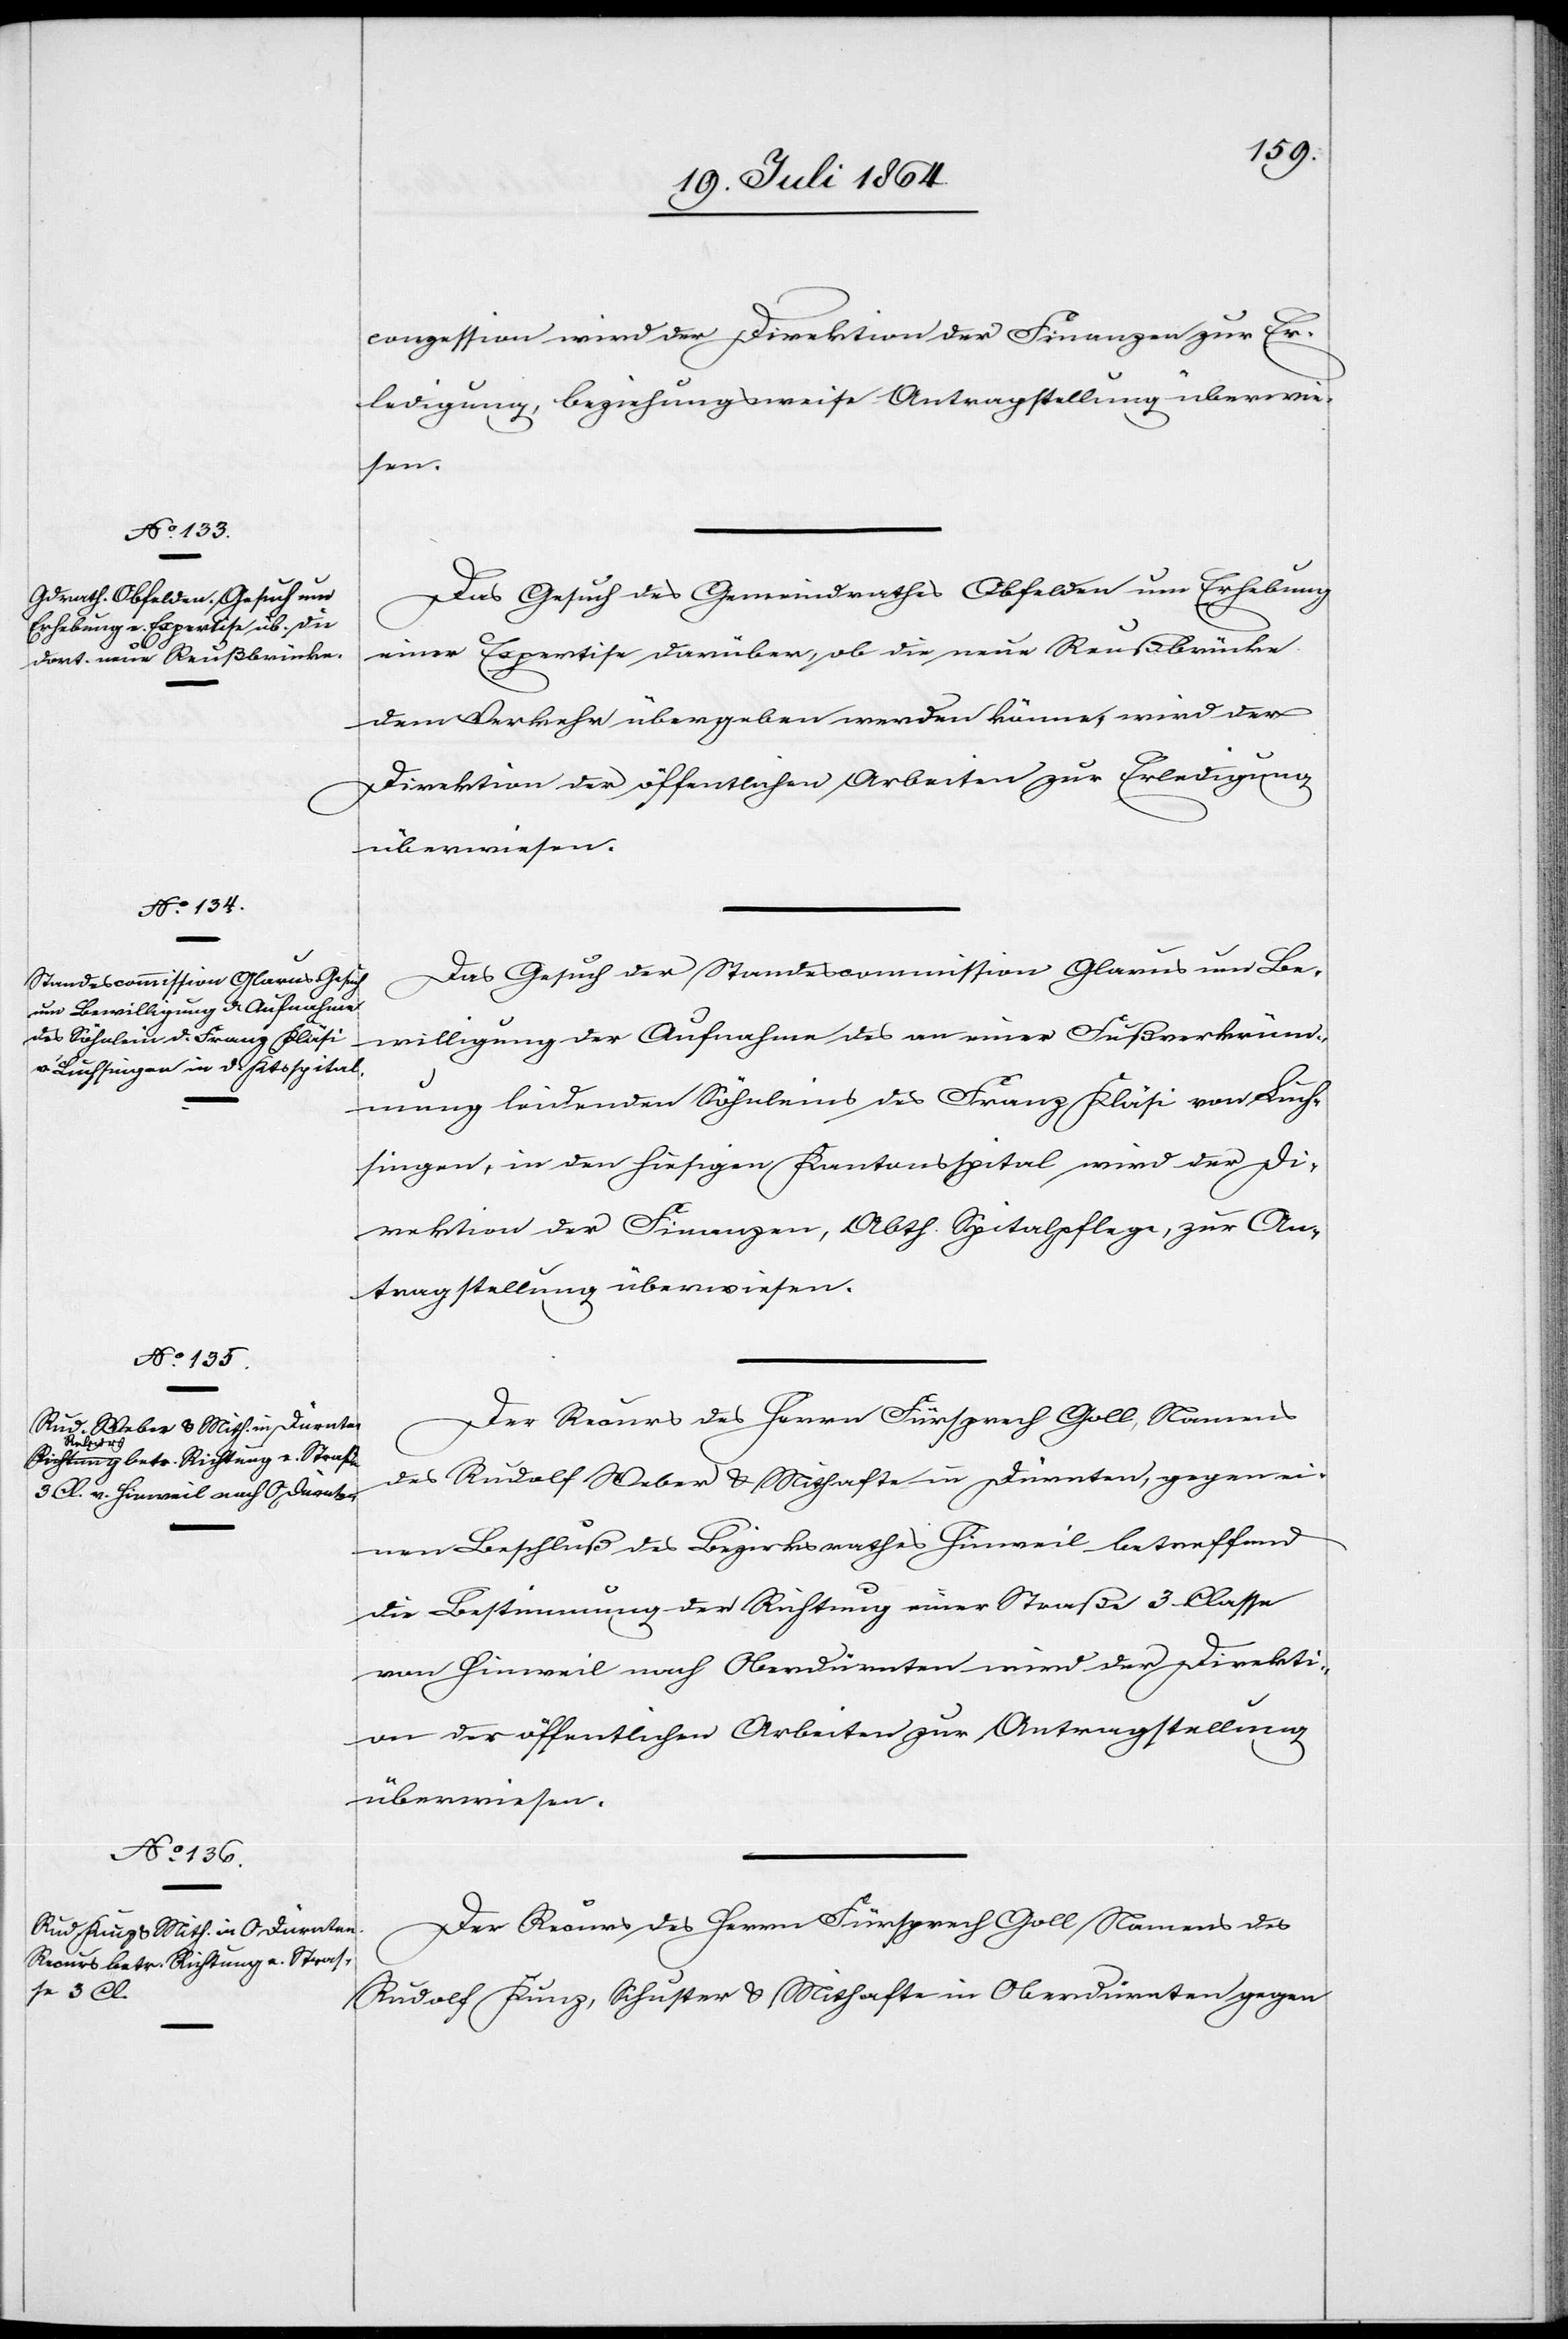
20. Juli 1864.]
conzession wird der Direktion der Finanzen zur Er¬
ledigung, beziehungsweise Antragstellung überwie¬
sen.
Das Gesuch des Gemeindrathes Obfelden um Erhebung
einer Expertise darüber, ob die neue Reußbrücke
dem Verkehr übergeben werden könne, wird der
Direktion der öffentlichen Arbeiten zur Erledigung
überwiesen.
Das Gesuch der Standescommission Glarus um Be¬
willigung der Aufnahme des an einer Fußverkrüm¬
mung leidenden Söhnleins des Franz Kläsi von Luch¬
singen, in den hiesigen Kantonsspital wird der Di¬
rektion der Finanzen, Abth. Spitalpflege, zur An¬
tragstellung überwiesen.
Der Recurs des Herrn Fürsprech Goll, Namens
des Rudolf Weber u. Mithafte in Dürnten, gegen ei¬
nen Beschluß des Bezirksrathes Hinweil betreffend
die Bestimmung der Richtung einer Straße 3. Classe
von Hinweil nach Oberdürnten wird der Direkti¬
on der öffentlichen Arbeiten zur Antragstellung
überwiesen.
Der Recurs des Herrn Fürsprech Goll Namens des
Rudolf Kunz, Schuster u. Mithafte in Oberdürnten gegen